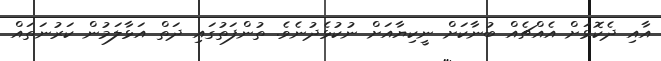
އާއި ދެކޮޅަށް އެއްޗެއް ބުނާކަށް ނީކިޔާއަށް ނުކުޅެދުނެވެ. ތުންފަތުގައި ދަތް އަޅާލަމުން ކަރުނަތައް